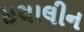
ઇથાલીન